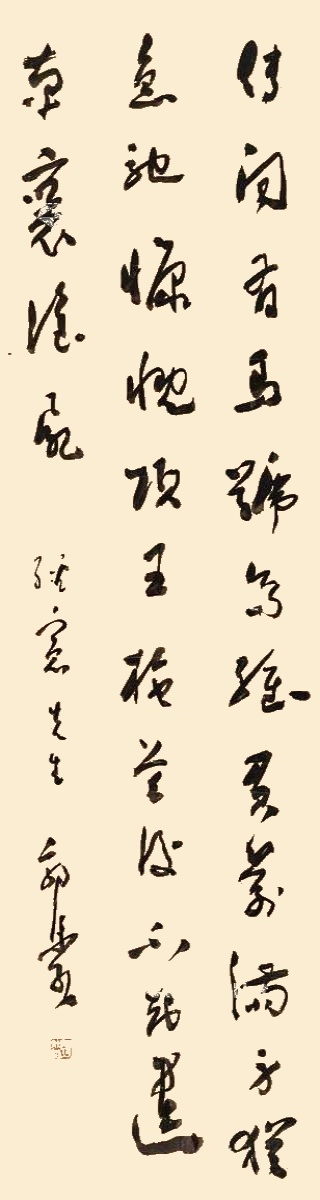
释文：传闻有马号乌骓，负箭满身犹急驰。慷慨项王拖首后，不知遗革裹谁尸。经宪先生。郭沫若。